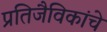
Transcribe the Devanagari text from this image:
प्रतिजैविकांचे